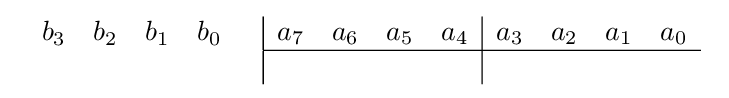
{\begin{array}{cc}{\begin{array}{rrrr}b_{3}&b_{2}&b_{1}&b_{0}\\\\\end{array}}&{\begin{array}{|rrrr|rrrr}a_{7}&a_{6}&a_{5}&a_{4}&a_{3}&a_{2}&a_{1}&a_{0}\\\hline &&&&&&&\\\end{array}}\end{array}}